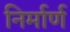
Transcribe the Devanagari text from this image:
निर्मार्ण